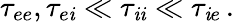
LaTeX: \tau_{ee},\tau_{e\mathit{i}}\ll\tau_{\mathit{i}\mathit{i}}\ll\tau_{\mathit{i}e}\, .